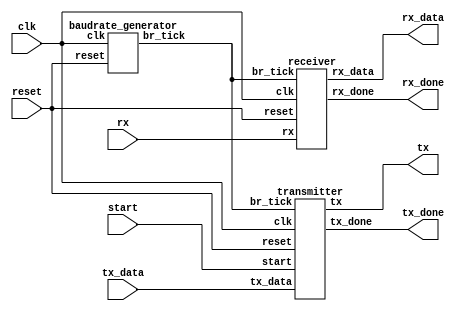
`timescale 1ns / 1ps
//////////////////////////////////////////////////////////////////////////////////
// Company: 
// Engineer: 
// 
// Design Name: 
// Module Name: uart
// Project Name: 
// Target Devices: 
// Tool Versions: 
// Description: 
// 
// Dependencies: 
// 
// Revision:
// Revision 0.01 - File Created
// Additional Comments:
// 
//////////////////////////////////////////////////////////////////////////////////


module uart (
    input        clk,
    input        reset,
    // Transmitter
    input        start,
    input  [7:0] tx_data,
    output       tx,
    output       tx_done,
    // Receiver
    input        rx,
    output [7:0] rx_data,
    output       rx_done
);
    wire w_br_tick;

    baudrate_generator U_Baudrate_Gen (
        .clk    (clk),
        .reset  (reset),
        .br_tick(w_br_tick)
    );

    transmitter U_Transmitter (
        .clk    (clk),
        .reset  (reset),
        .br_tick(w_br_tick),
        .start  (start),
        .tx_data(tx_data),
        .tx     (tx),
        .tx_done(tx_done)
    );

    receiver U_Receiver (
        .clk    (clk),
        .reset  (reset),
        .br_tick(w_br_tick),
        .rx     (rx),
        .rx_data(rx_data),
        .rx_done(rx_done)
    );

endmodule

module baudrate_generator (
    input  clk,
    input  reset,
    output br_tick
);
    // "  "  operator   .
    reg [$clog2(100_000_000 / 9600 / 16) - 1:0] counter_reg, counter_next;
    reg tick_reg, tick_next;

    assign br_tick = tick_reg;

    always @(posedge clk, posedge reset) begin
        if (reset) begin
            counter_reg <= 0;
            tick_reg    <= 1'b0;
        end else begin
            counter_reg <= counter_next;
            tick_reg    <= tick_next;
        end
    end

    always @(*) begin
        counter_next = counter_reg;
        //if (counter_reg == (100_000_000 / 9600 / 16) - 1) begin // "  "  operator   .
            if (counter_reg == 3) begin  // for simulation
            counter_next = 0;
            tick_next    = 1'b1;
        end else begin
            counter_next = counter_reg + 1;
            tick_next    = 1'b0;
        end
    end

endmodule

module transmitter (
    input        clk,
    input        reset,
    input        br_tick,
    input        start,
    input  [7:0] tx_data,
    output       tx,
    output       tx_done
);

    localparam IDLE = 0, START = 1, DATA = 2, STOP = 3;

    reg [1:0] state, state_next;
    reg tx_reg, tx_next;
    reg tx_done_reg, tx_done_next;
    reg [7:0] data_tmp_reg, data_tmp_next;
    reg [3:0] br_cnt_reg, br_cnt_next;
    reg [2:0] data_bit_cnt_reg, data_bit_cnt_next;

    assign tx = tx_reg;
    assign tx_done = tx_done_reg;

    always @(posedge clk, posedge reset) begin
        if (reset) begin
            state            <= IDLE;
            tx_reg           <= 1'b0;
          //  tx_done_reg      <= 1'b0;
            br_cnt_reg       <= 0;
            data_bit_cnt_reg <= 0;
            data_tmp_reg     <= 0;
        end else begin
            state            <= state_next;
            tx_reg           <= tx_next;
           // tx_done_reg      <= tx_done_next;
            br_cnt_reg       <= br_cnt_next;
            data_bit_cnt_reg <= data_bit_cnt_next;
            data_tmp_reg     <= data_tmp_next;
        end
    end

    always @(*) begin
        state_next        = state;
        tx_next           = tx_reg;
       // tx_done_next      = tx_done_reg;
        br_cnt_next       = br_cnt_reg;
        data_bit_cnt_next = data_bit_cnt_reg;
        data_tmp_next     = data_tmp_reg;
        case (state)
            IDLE: begin
                tx_done_reg = 1'b0;
                tx_next      = 1'b1;
                if (start) begin
                    state_next        = START;
                    data_tmp_next     = tx_data;
                    br_cnt_next       = 0;
                    data_bit_cnt_next = 0;
                end
            end
            START: begin
                tx_next = 1'b0;
                if (br_tick) begin
                    if (br_cnt_reg == 15) begin
                        state_next  = DATA;
                        br_cnt_next = 0;
                    end else begin
                        br_cnt_next = br_cnt_reg + 1;
                    end
                end
            end
            DATA: begin
                tx_next = data_tmp_reg[0];
                if (br_tick) begin
                    if (br_cnt_reg == 15) begin
                        if (data_bit_cnt_reg == 7) begin
                            state_next  = STOP;
                            br_cnt_next = 0;
                        end else begin
                            data_bit_cnt_next = data_bit_cnt_reg + 1;
                            data_tmp_next     = {1'b0, data_tmp_reg[7:1]};
                            br_cnt_next       = 0;
                        end
                    end else begin
                        br_cnt_next = br_cnt_reg + 1;
                    end
                end
            end
            STOP: begin
                tx_next = 1'b1;
                if (br_tick) begin
                    if (br_cnt_reg == 15) begin
                        tx_done_reg = 1'b1; // reg  
                        state_next   = IDLE;
                        //br_cnt_next  = 0;
                    end else begin
                        br_cnt_next = br_cnt_reg + 1;
                    end
                end
            end
        endcase
    end

endmodule

module receiver (
    input        clk,
    input        reset,
    input        br_tick,
    input        rx,
    output [7:0] rx_data,
    output       rx_done
);
    localparam IDLE = 0, START = 1, DATA = 2, STOP = 3;

    reg [1:0] state, state_next;
    reg [7:0] rx_data_reg, rx_data_next;
    reg rx_done_reg, rx_done_next;
    reg [3:0] br_cnt_reg, br_cnt_next;
    reg [2:0] data_bit_cnt_reg, data_bit_cnt_next;

    assign rx_data = rx_data_reg;
    assign rx_done = rx_done_reg;

    always @(posedge clk, posedge reset) begin
        if (reset) begin
            state            <= IDLE;
            rx_data_reg      <= 0;
            rx_done_reg      <= 1'b0;
            br_cnt_reg       <= 0;
            data_bit_cnt_reg <= 0;
        end else begin
            state            <= state_next;
            rx_data_reg      <= rx_data_next;
            rx_done_reg      <= rx_done_next;
            br_cnt_reg       <= br_cnt_next;
            data_bit_cnt_reg <= data_bit_cnt_next;
        end
    end

    always @(*) begin
        state_next        = state;
        rx_data_next      = rx_data_reg;
        br_cnt_next       = br_cnt_reg;
        data_bit_cnt_next = data_bit_cnt_reg;
        rx_done_next      = rx_done_reg;
        case (state)
            IDLE: begin
                rx_done_next = 1'b0;
                if (!rx) begin
                    state_next        = START;
                    br_cnt_next       = 0;
                    data_bit_cnt_next = 0;
                    rx_data_next      = 0;
                end
            end
            START: begin
                if (br_tick) begin
                    if (br_cnt_reg == 7) begin
                        state_next  = DATA;
                        br_cnt_next = 0;
                    end else begin
                        br_cnt_next = br_cnt_reg + 1;
                    end
                end
            end
            DATA: begin
                if (br_tick) begin
                    if (br_cnt_reg == 15) begin
                        br_cnt_next  = 0;
                        rx_data_next = {rx, rx_data_reg[7:1]};
                        if (data_bit_cnt_reg == 7) begin
                            state_next = STOP;
                            //br_cnt_next  = 0;
                        end else begin
                            data_bit_cnt_next = data_bit_cnt_reg + 1;
                        end
                    end else begin
                        br_cnt_next = br_cnt_reg + 1;
                    end
                end
            end
            STOP: begin
                if (br_tick) begin
                    if (br_cnt_reg == 15) begin
                        state_next   = IDLE;
                        rx_done_next = 1'b1;
                        //br_cnt_next = 0;
                    end else begin
                        br_cnt_next = br_cnt_reg + 1;
                    end
                end
            end
        endcase
    end

endmodule